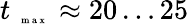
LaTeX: t_{\mathrm{~\tiny~{~m~a~x~}~}}\approx 20\ldots 25